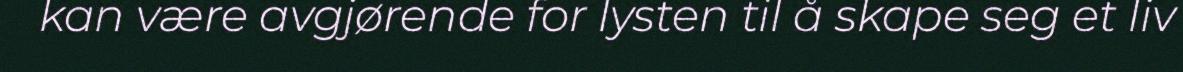
kan være avgjørende for lysten til å skape seg et liv